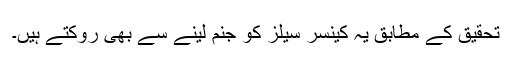
تحقیق کے مطابق یہ کینسر سیلز کو جنم لینے سے بھی روکتے ہیں۔